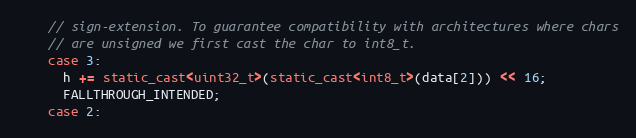
Language: C++
    // sign-extension. To guarantee compatibility with architectures where chars
    // are unsigned we first cast the char to int8_t.
    case 3:
      h += static_cast<uint32_t>(static_cast<int8_t>(data[2])) << 16;
      FALLTHROUGH_INTENDED;
    case 2: